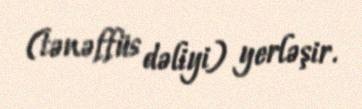
(tənəffüs dəliyi) yerləşir.